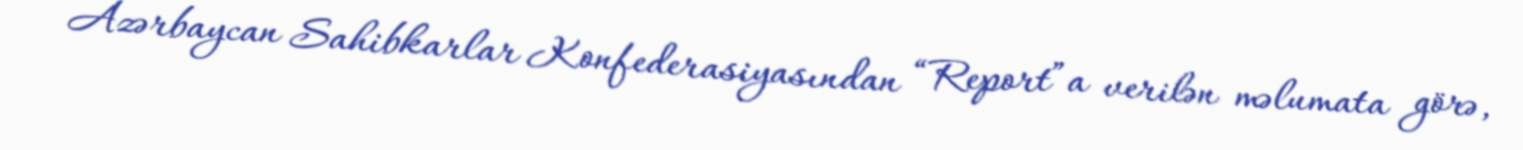
Azərbaycan Sahibkarlar Konfederasiyasından “Report”a verilən məlumata görə,